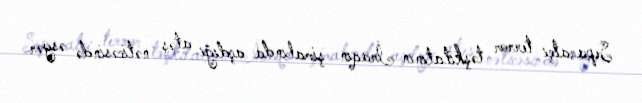
Separatçı terror təşkilatının İraqın şimalında açdığı atəş nəticəsində əsgər